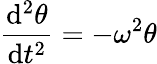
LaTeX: {\frac{\mathrm{d}^{2}\theta}{\mathrm{d}t^{2}}}=-\omega^{2}\theta